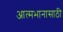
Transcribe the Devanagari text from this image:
आत्मभानासाठी